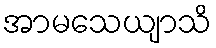
အာမသေယျာသိ